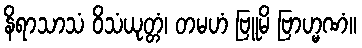
နိရာသာသံ ဝိသံယုတ္တံ၊ တမဟံ ဗြူမိ ဗြာဟ္မဏံ။